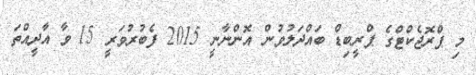
މި ޕްރޮޖެކްޓްގެ ޕްރީބިޑް ބައްދަލުވުން އޮންނާނީ 2015 ފެބުރުވަރީ 15 ވާ އާދީއްތަ